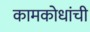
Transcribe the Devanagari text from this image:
कामकोधांची